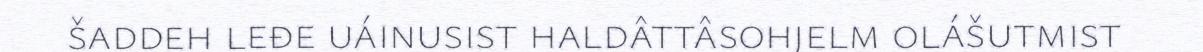
šaddeh leđe uáinusist haldâttâsohjelm olášutmist